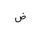
Letter: _dad